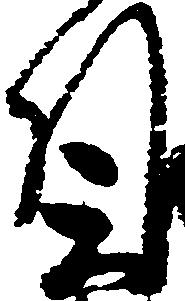
候